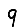
Digit: 9